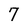
Character: 7